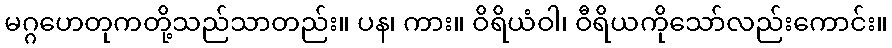
မဂ္ဂဟေတုကတို့သည်သာတည်း။ ပန၊ ကား။ ဝိရိယံဝါ၊ ဝီရိယကိုသော်လည်းကောင်း။